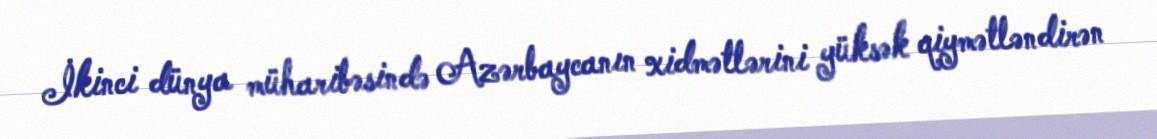
İkinci dünya müharibəsində Azərbaycanın xidmətlərini yüksək qiymətləndirən